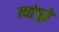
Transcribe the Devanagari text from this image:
त्यांपुढे